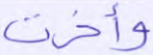
وأخرت